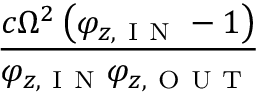
\frac { c \Omega ^ { 2 } \left( \varphi _ { z , \mathrm { ~ I ~ N ~ } } - 1 \right) } { \varphi _ { z , \mathrm { ~ I ~ N ~ } } \varphi _ { z , \mathrm { ~ O ~ U ~ T ~ } } }